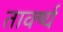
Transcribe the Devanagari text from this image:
तार्क्ष्य